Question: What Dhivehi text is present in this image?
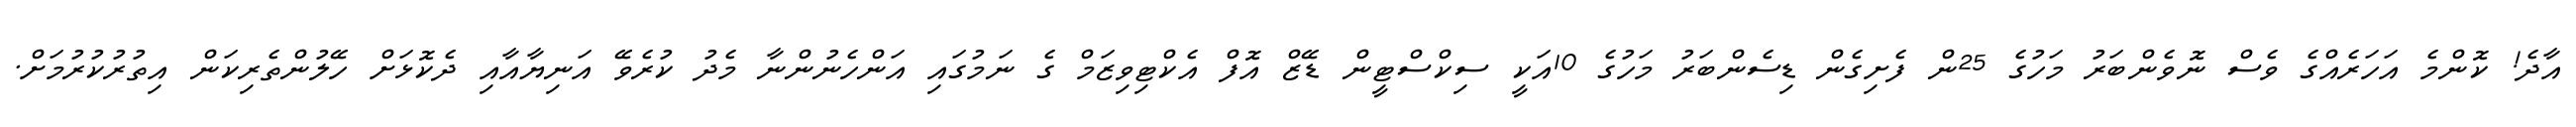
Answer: އާދެ! ކޮންމެ އަހަރެއްގެ ވެސް ނޮވެންބަރު މަހުގެ 25ން ފެށިގެން ޑިސެންބަރު މަހުގެ 10އަކީ ސިކްސްޓީން ޑޭޒް އޮފް އެކްޓިވިޒަމް ގެ ނަމުގައި އަންހެނުންނާ މެދު ކުރެވޭ އަނިޔާއާއި ދެކޮޅަށް ހޭލުންތެރިކަން އިތުރުކުރުމަށް.